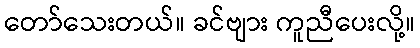
တော်သေးတယ်။ ခင်ဗျား ကူညီပေးလို့။